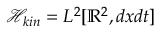
\mathcal { H } _ { k i n } = L ^ { 2 } [ \mathbb { R } ^ { 2 } , d x d t ]